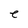
Character: e